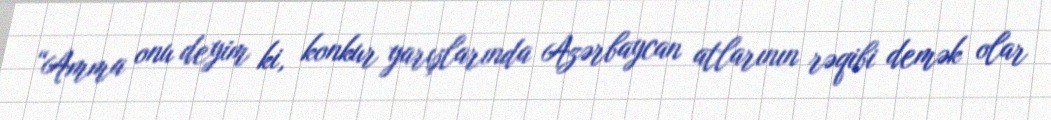
“Amma onu deyim ki, konkur yarışlarında Azərbaycan atlarının rəqibi demək olar